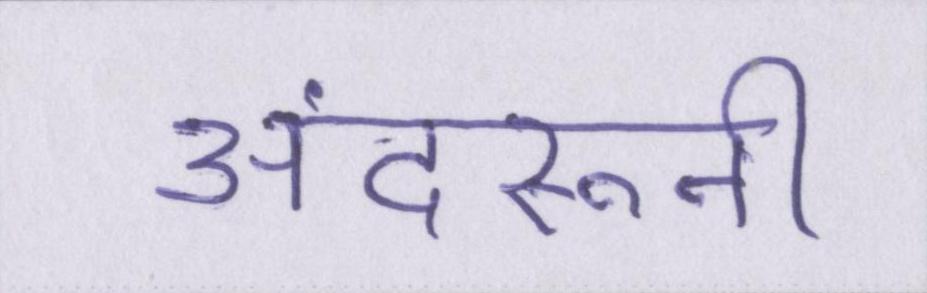
अंदरूनी